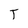
Character: T